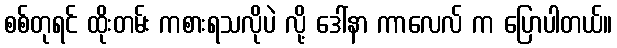
စစ်တုရင် ထိုးတမ်း ကစားရသလိုပဲ လို့ ဒေါ်နာ ကာလေလ် က ပြောပါတယ်။